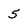
Character: 5